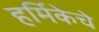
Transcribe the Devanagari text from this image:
हर्मिकेचे